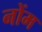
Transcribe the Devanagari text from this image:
नोंम